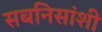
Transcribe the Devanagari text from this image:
सबनिसांशी